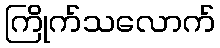
ကြိုက်သလောက်